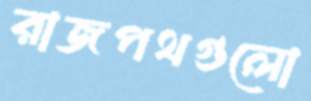
রাজপথগুলো